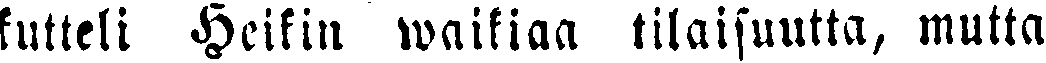
kutteli Heikin waikiaa tilaisuutta, mutta